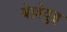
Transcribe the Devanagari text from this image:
बेल्लेवुइ